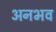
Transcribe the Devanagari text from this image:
अनभव